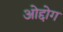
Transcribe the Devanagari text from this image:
ओद्दोग